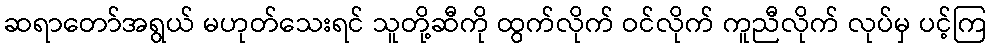
ဆရာတော်အရွယ် မဟုတ်သေးရင် သူတို့ဆီကို ထွက်လိုက် ဝင်လိုက် ကူညီလိုက် လုပ်မှ ပင့်ကြ